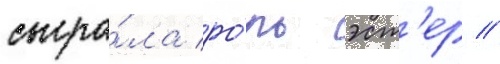
сыгра́ла ро́ль эст'ер //